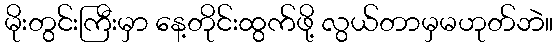
မိုးတွင်းကြီးမှာ နေ့တိုင်းထွက်ဖို့ လွယ်တာမှမဟုတ်ဘဲ။